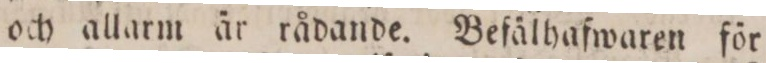
och allarm är rådande. Befälhafwaren för